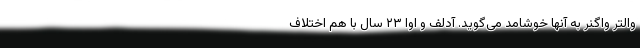
والتر واگنر به آنها خوشامد می‌گوید. آدلف و اوا ۲۳ سال با هم اختلاف